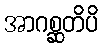
အာဂစ္ဆတိပိ